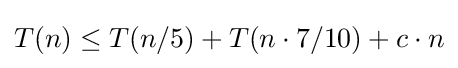
T(n)\leq T(n/5)+T(n\cdot 7/10)+c\cdot n